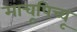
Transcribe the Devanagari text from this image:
माचूपिच्चू